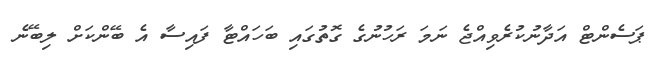
ޕަސެންޓް އަދާނުކުރެވިއްޖެ ނަމަ ރަހުނުގެ ގޮތުގައި ބަހައްޓާ ފައިސާ އެ ބޭންކަށް ލިބޭނެ